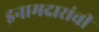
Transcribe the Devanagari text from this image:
इनामदारांची